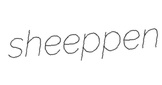
sheeppen